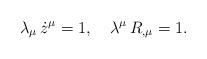
LaTeX: \begin{align*}\lambda_{\mu}\, \dot{z}^{\mu}=1,~~~ \lambda^{\mu}\, R_{, \mu}=1.\end{align*}